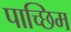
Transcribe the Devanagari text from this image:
पाच्छिम